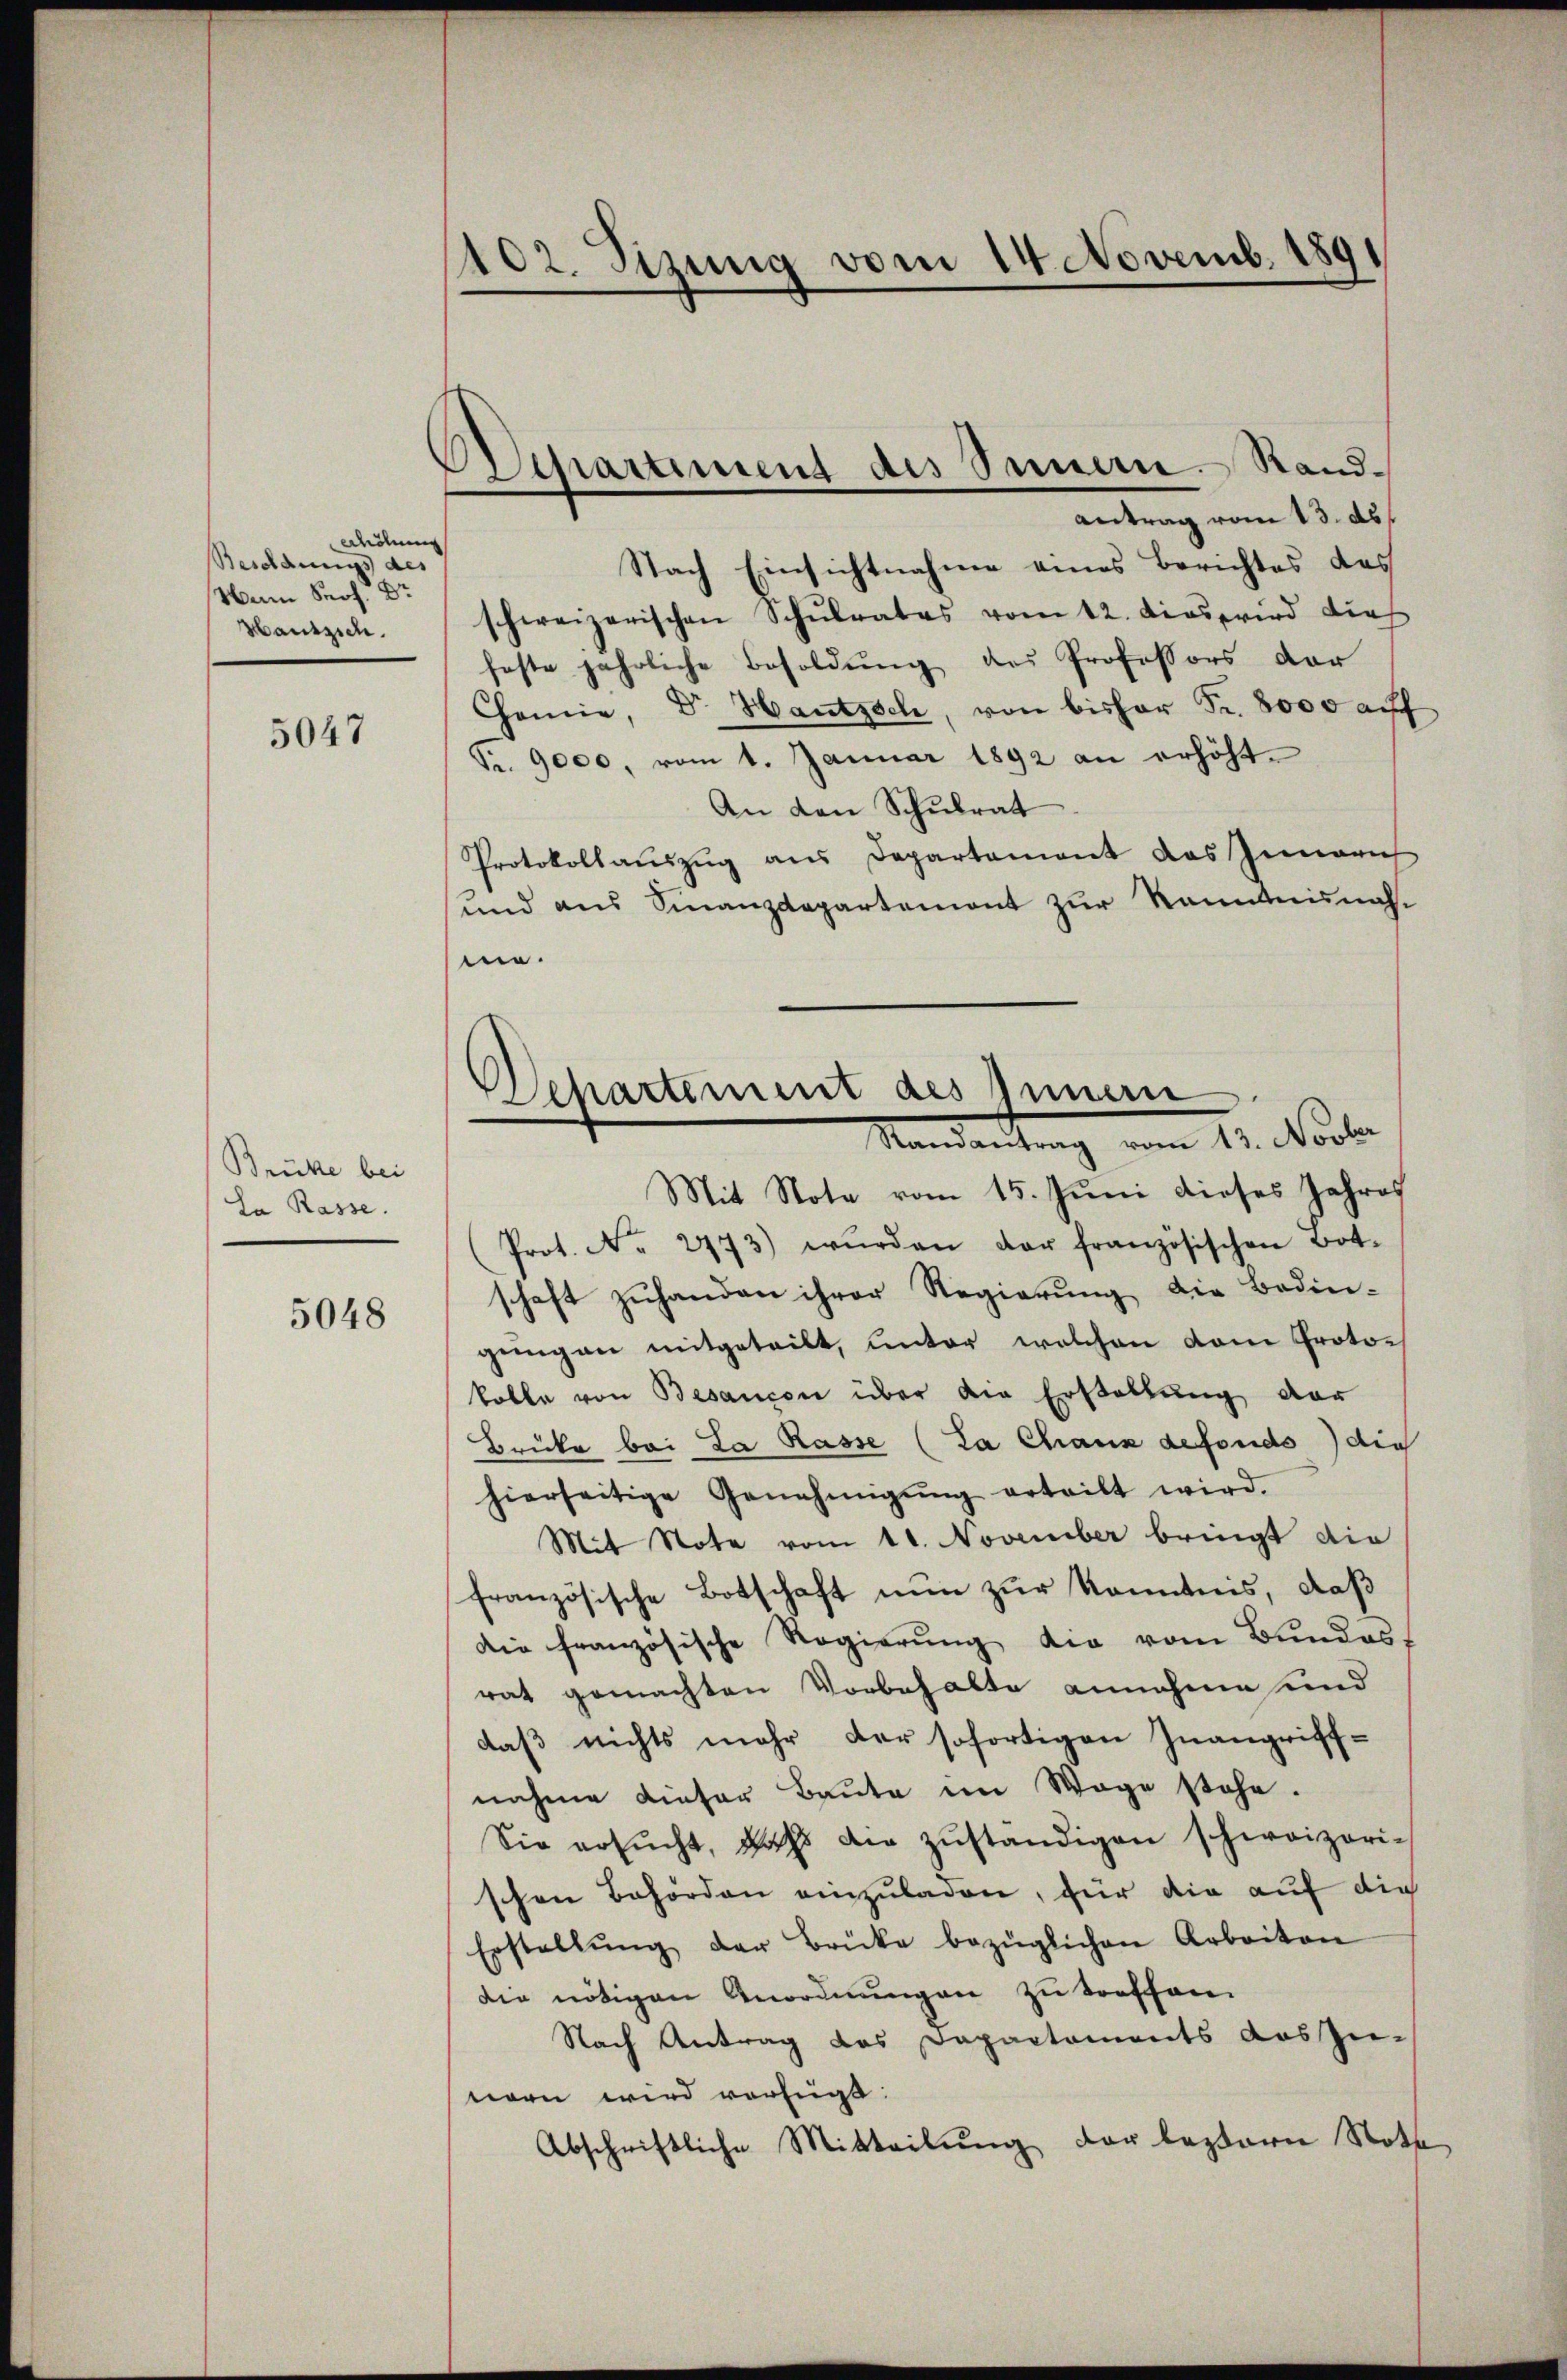
aedium
Besoldungs des
Wann Prof. Dr
Hauszieh

5047

Brüke bei
La Rasse.

5048

102. Sizung vom 14. Novemb. 1891

chartiment des Innern Randantrag vom 13. ds.

Departement des Innern
Mandantung vom 11. Novbr.

Nach Einsichtnahme eines Berichtes des
schweizerischen Schŭlrates vom 12. dies wird die
feste jährliche Besoldŭng des Professors der
Chemie, Dr. Hautzsch, von bisher Fr. 8000 auf
Fr. 9000, vom 1. Januar 1892 an erhöht.
An den Schulrat
Protokollaŭszŭg ans Departament das Innerich
und aus Finanzdepartemont zur kanntnisnahme.
Mit Note vom 15. Juni dieses Jahres
Prot. No. 2473) wŭrden der französischen Bot.
schaft zuhanden ihrer Regierung die Bedin-
gringen mitgeteilt, unter welchen dem Protokolle von Besancen über die Erstellung der
Brüke bei La Rasse (La Chaux defonds die
hierseitige Genehmigŭng erteilt wird.
Mit Note vom 11. November bringt die
französische Botschaft nun zur Kenntnis, daß
Die französische Regierŭng die vom Bundes-
rat gemachten Vorbehalte annehme und
daß nichts mehr der sofortigen Inangriff-
nahme dieser Baŭte im Wege stehe.
Sie ersŭcht, daß die zŭständigen schweizeri-
schen Behörden einzuladen, für die auf die
Erstellŭng der Brücke bezüglichen Arbeiten
die nötigen Anordnungen zu treffen.
Nach Antrag das Departaments das zu-
nern wird verfügt:
Abschriftliche Mitteilŭng der leztere Noth